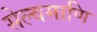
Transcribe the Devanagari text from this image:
सेल्वमाणि